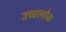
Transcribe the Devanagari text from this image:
उच्चलोक